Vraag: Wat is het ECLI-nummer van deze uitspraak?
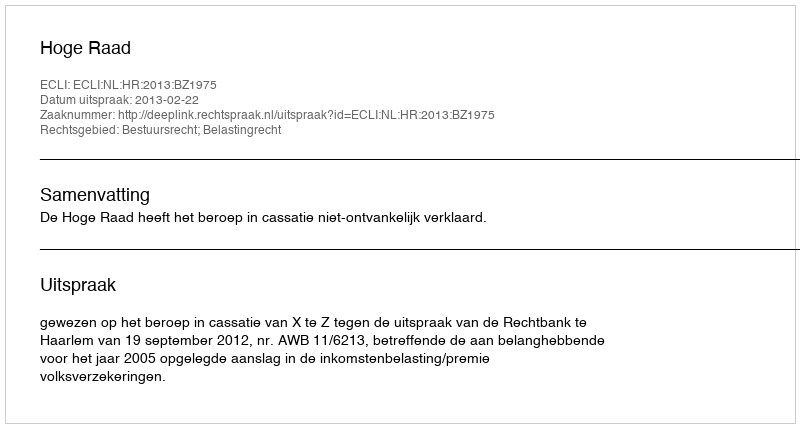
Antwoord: ECLI:NL:HR:2013:BZ1975